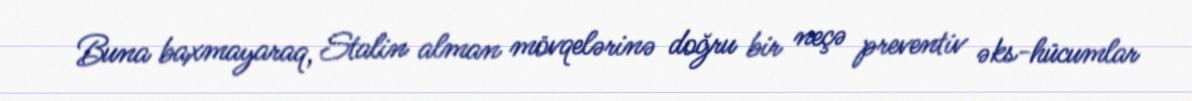
Buna baxmayaraq, Stalin alman mövqelərinə doğru bir neçə preventiv əks-hücumlar